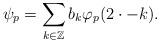
LaTeX: \begin{align*}\psi_{p} = \sum_{k \in \mathbb{Z}} b_{k} \varphi_{p}(2 \cdot - k).\end{align*}